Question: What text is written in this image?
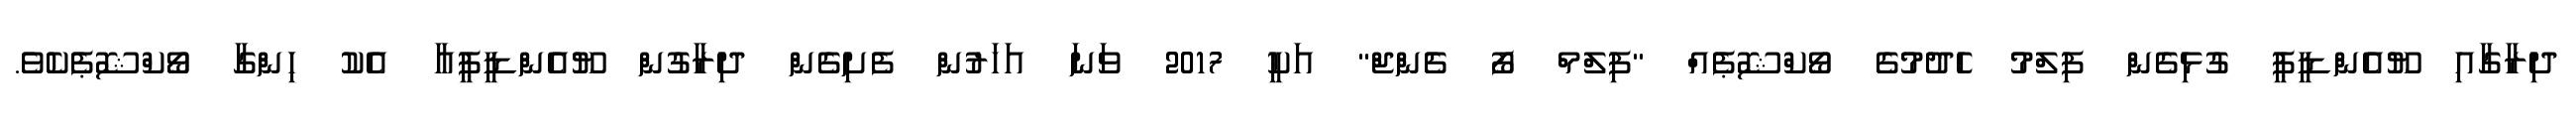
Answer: ދިރާގާއި ޔޫއެންޑީޕީ ގުޅިގެން ފިލްމު ހެދުމުގެ ވޯކްޝޮޕެއް "ފިލްމް ފޯ ޗެންޖް" އަކީ 2017 ވަނަ އަހަރުން ފެށިގެން ދިރާގުން ޔޫއެންޑީޕީއާ އެކު ހިންގާ ވޯކްޝޮޕެކެވެ.